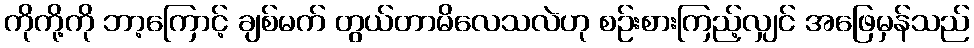
ကိုကို့ကို ဘာ့ကြောင့် ချစ်မက် တွယ်တာမိလေသလဲဟု စဉ်းစားကြည့်လျှင် အဖြေမှန်သည်